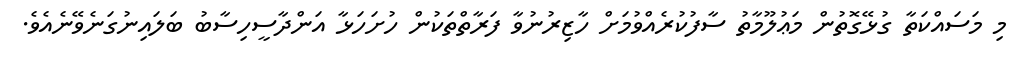
މި މަސައްކަތާ ގުޅޭގޮތުން މަޢުލޫމާތު ސާފުކުރެއްވުމަށް ހާޒިރުނުވާ ފަރާތްތަކުން ހުށަހަޅާ އަންދާސީހިސާބު ބަލައިނުގަނެވޭނެއެވެ.